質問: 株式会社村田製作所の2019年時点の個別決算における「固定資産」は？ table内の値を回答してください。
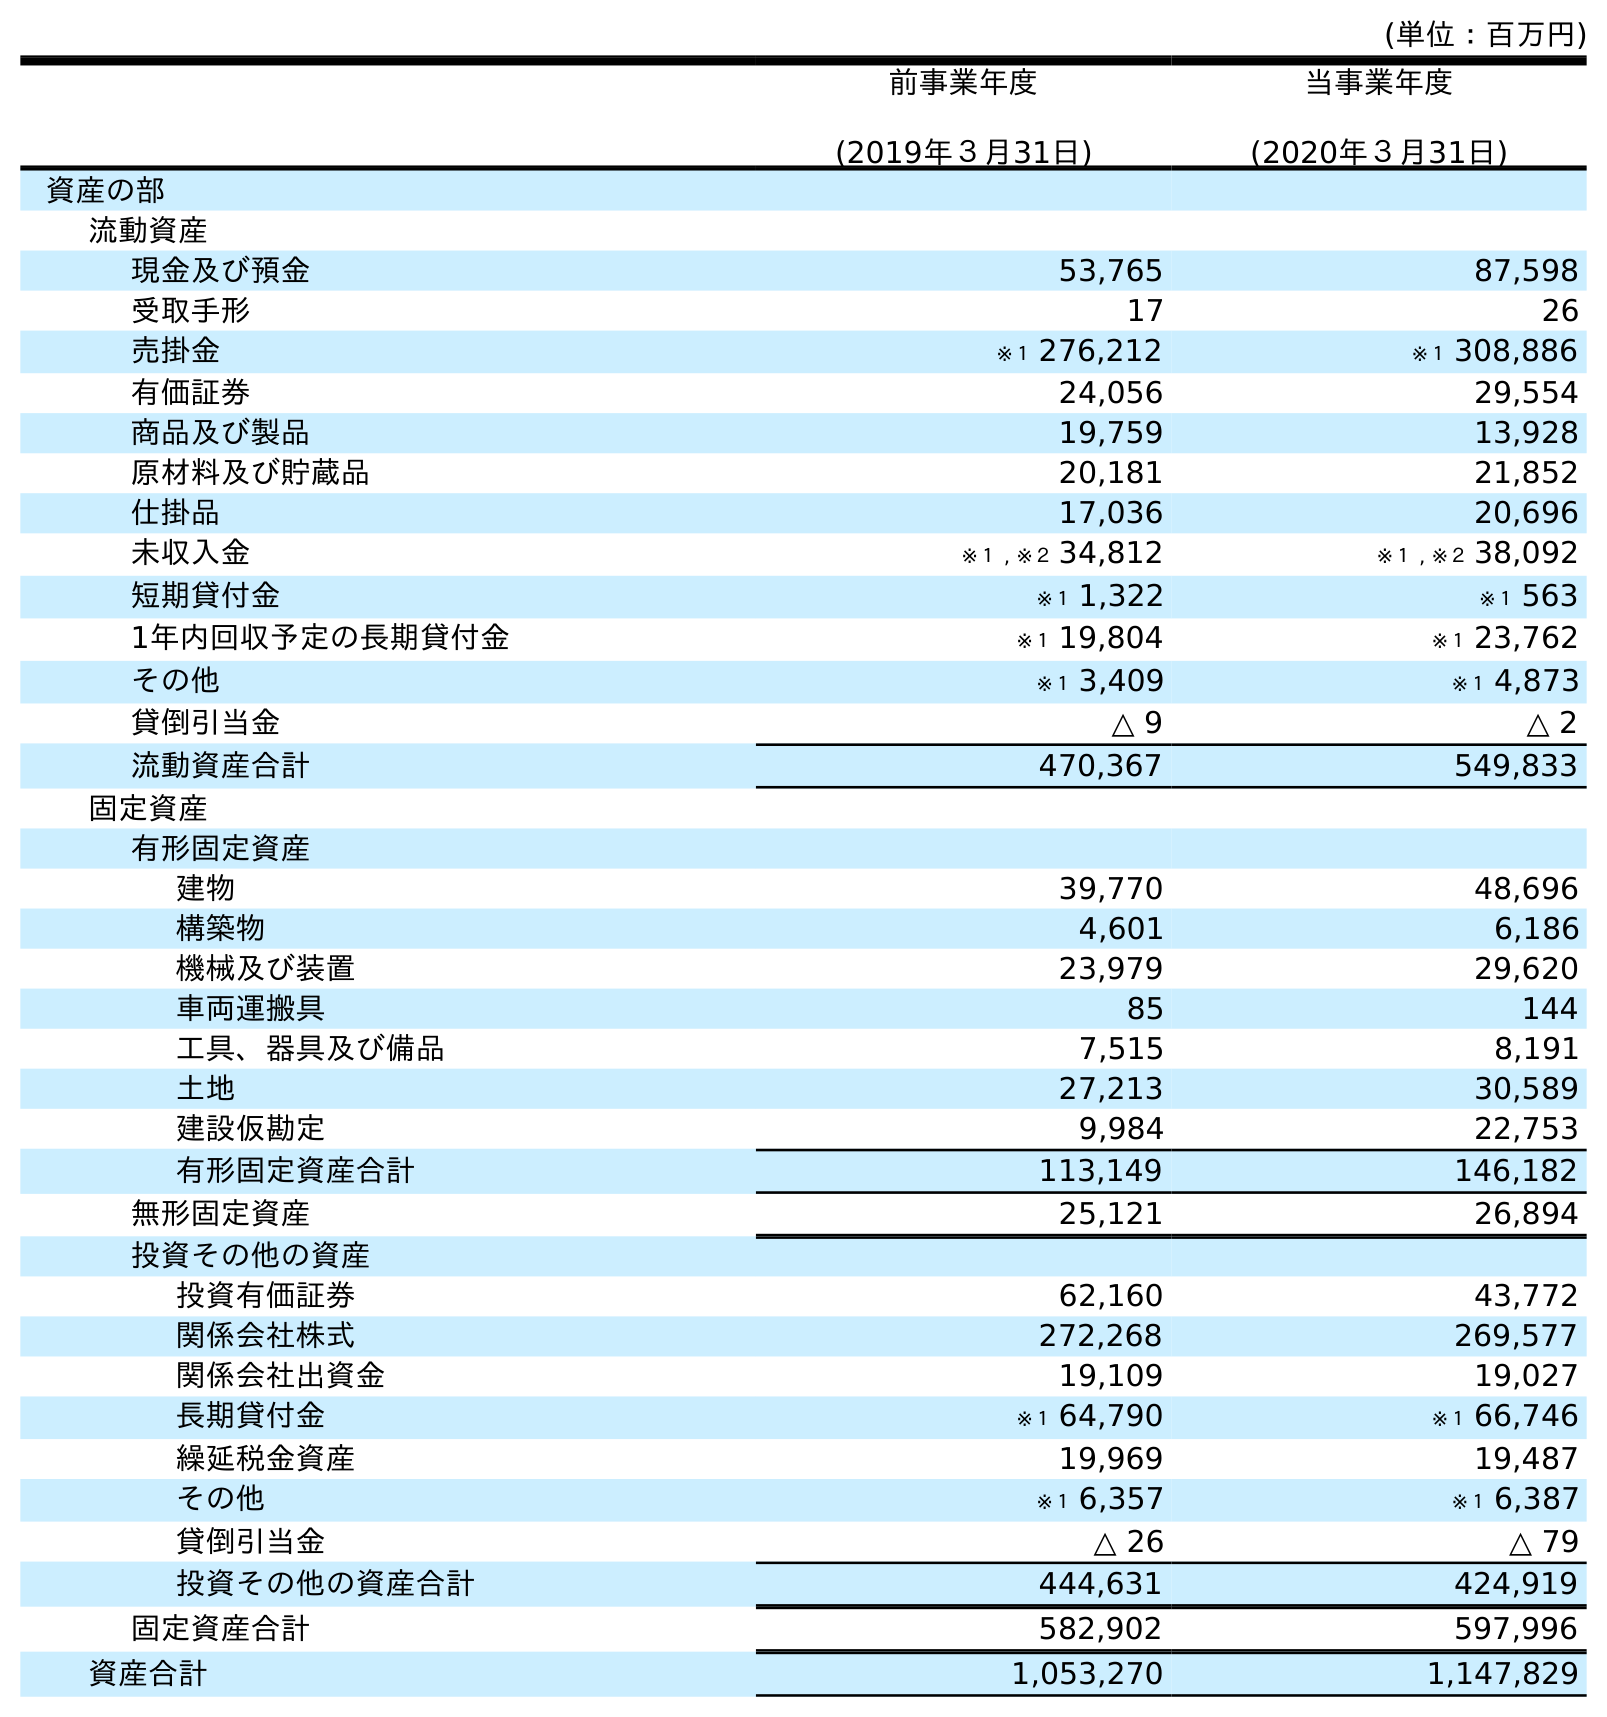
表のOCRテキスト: (単位：百万円) 前事業年度 (2019年３月31日) 当事業年度 (2020年３月31日) 資産の部 流動資産 現金及び預金 53,765 87,598 受取手形 17 26 売掛金 ※１ 276,212 ※１ 308,886 有価証券 24,056 29,554 商品及び製品 19,759 13,928 原材料及び貯蔵品 20,181 21,852 仕掛品 17,036 20,696 未収入金 ※１ , ※２ 34,812 ※１ , ※２ 38,092 短期貸付金 ※１ 1,322 ※１ 563 1年内回収予定の長期貸付金 ※１ 19,804 ※１ 23,762 その他 ※１ 3,409 ※１ 4,873 貸倒引当金 △ 9 △ 2 流動資産合計 470,367 549,833 固定資産 有形固定資産 建物 39,770 48,696 構築物 4,601 6,186 機械及び装置 23,979 29,620 車両運搬具 85 144 工具、器具及び備品 7,515 8,191 土地 27,213 30,589 建設仮勘定 9,984 22,753 有形固定資産合計 113,149 146,182 無形固定資産 25,121 26,894 投資その他の資産 投資有価証券 62,160 43,772 関係会社株式 272,268 269,577 関係会社出資金 19,109 19,027 長期貸付金 ※１ 64,790 ※１ 66,746 繰延税金資産 19,969 19,487 その他 ※１ 6,357 ※１ 6,387 貸倒引当金 △ 26 △ 79 投資その他の資産合計 444,631 424,919 固定資産合計 582,902 597,996 資産合計 1,053,270 1,147,829
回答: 582,902